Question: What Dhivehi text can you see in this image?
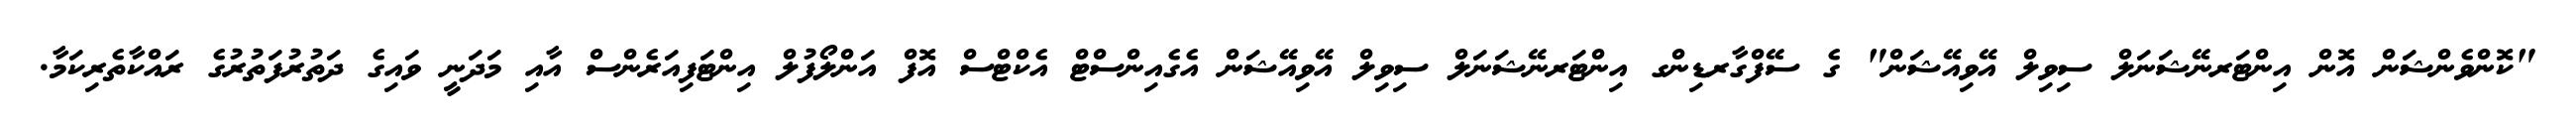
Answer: "ކޮންވެންޝަން އޮން އިންޓަރނޭޝަނަލް ސިވިލް އޭވިއޭޝަން" ގެ ސޭފްގާރޑިންގ އިންޓަރނޭޝަނަލް ސިވިލް އޭވިއޭޝަން އެގެއިންސްޓް އެކްޓްސް އޮފް އަންލޯފުލް އިންޓަފިއަރެންސް އާއި މަދަނީ ވައިގެ ދަތުރުފަތުރުގެ ރައްކާތެރިކަމާ.